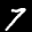
Label: 7